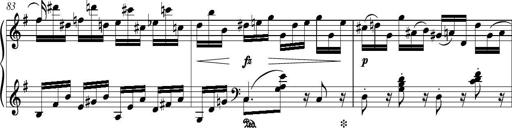
Title: Piano Sonatina in G major
Composer: Johan Peter Emilius Hartmann
Key: G major